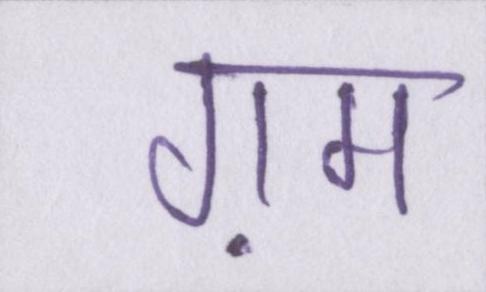
ग़म